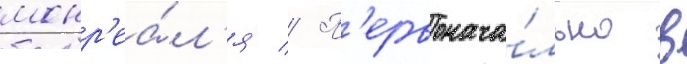
монр'еа́л'я // П'ервонача́льно в